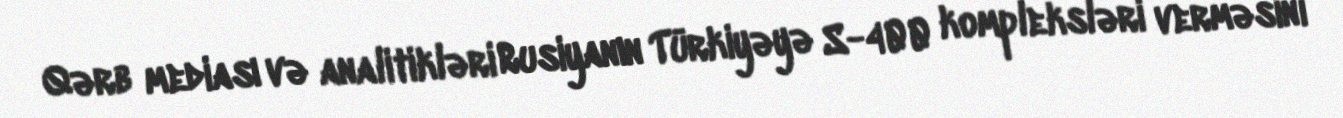
Qərb mediası və analitikləri Rusiyanın Türkiyəyə S-400 kompleksləri verməsini